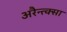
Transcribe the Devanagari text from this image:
अरैन्त्क्सा